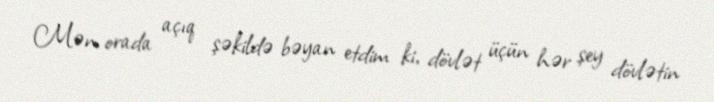
Mən orada açıq şəkildə bəyan etdim ki, dövlət üçün hər şey dövlətin